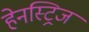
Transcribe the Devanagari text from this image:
हेनस्ट्रिज